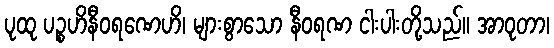
ပုထု ပဉ္စဟိနီဝရဏေဟိ၊ များစွာသော နီဝရဏ ငါးပါးတို့သည်။ အာဝုတာ၊